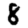
Digit: 8